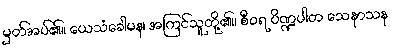
မှတ်အပ်၏။ ယေသံခေါမန၊ အကြင်သူတို့၏။ စီဝရ ပိဏ္ဍပါတ သေနာသန